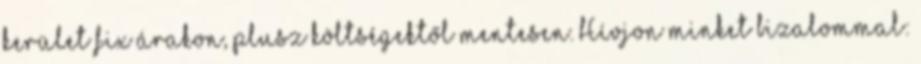
kerület fix árakon, plusz költségektől mentesen. Hívjon minket bizalommal: